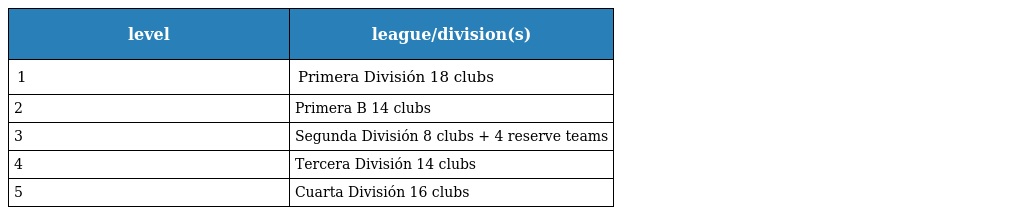
| level | league/division(s) |
 | --- | --- |
 | 1 | Primera División 18 clubs |
 | 2 | Primera B 14 clubs |
 | 3 | Segunda División 8 clubs + 4 reserve teams |
 | 4 | Tercera División 14 clubs |
 | 5 | Cuarta División 16 clubs |